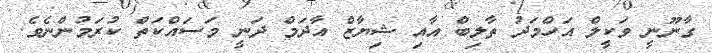
ގާނޫނީ ވަކީލް އަހްމަދު ތާލިބް އާއި ޝިޔާޒް އާދަމް ދަނީ މަސައްކަތް ކުރަމުންނެވެ.